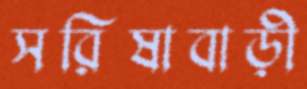
সরিষাবাড়ী